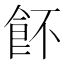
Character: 䬪